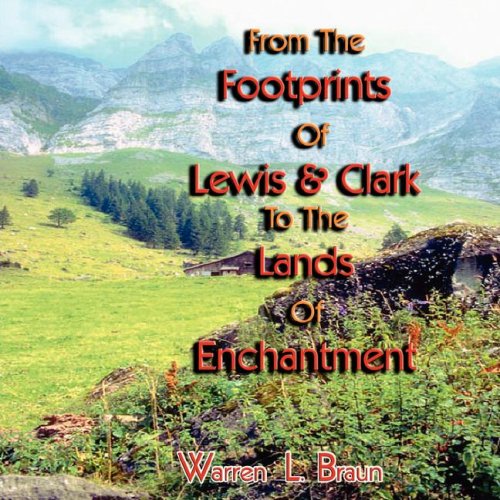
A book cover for From the Footsteps of Lewis and Clark to the Lands of Enchantment; Warren L. Braun; Travel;